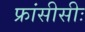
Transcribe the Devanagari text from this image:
फ्रांसीसीः